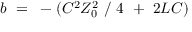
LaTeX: b ~ = ~ - ( C ^ { 2 } Z _ { 0 } ^ { 2 } ~ / ~ 4 ~ + ~ 2 L C )